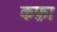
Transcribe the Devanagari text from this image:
कफ़ा